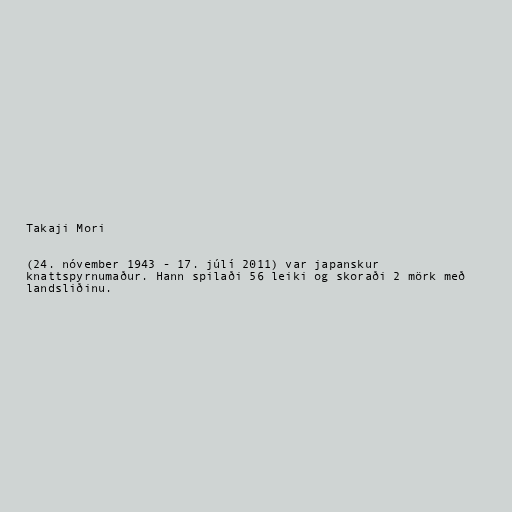
Takaji Mori

(24. nóvember 1943 - 17. júlí 2011) var japanskur
knattspyrnumaður. Hann spilaði 56 leiki og skoraði 2 mörk með
landsliðinu.